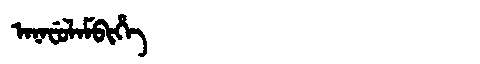
Manchu: ᠠᠨᠠᠸᡠᠯᠠᠮᠪᡳᡥᡝ
Romanization: ANAFULAMBIHE